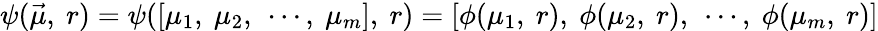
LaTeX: \psi(\vec{\mu},\ r)=\psi([\mu_{1},\ \mu_{2},\ \cdots,\ \mu_{m}],\ r)=[\phi(\mu_{1},\ r),\ \phi(\mu_{2},\ r),\ \cdots,\ \phi(\mu_{m},\ r)]